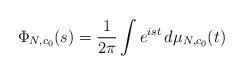
LaTeX: \begin{align*}\Phi_{N,c_0}(s) = \frac{1}{2\pi} \int e^{is t} \, d\mu_{N,c_0}(t) \end{align*}